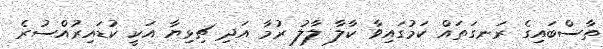
ތާސްބައިގެ ރަނގަތައް ކަމުގައިވާ ކާލާ ލާލު ރުމާ އަދި ޗިޅިޔާ އަކީ ކުޑައިރުއްސުރެ